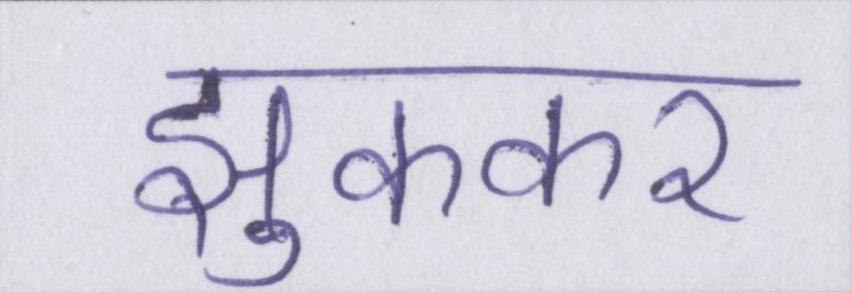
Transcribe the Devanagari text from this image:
झुककर